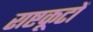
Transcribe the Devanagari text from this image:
राष्टकूटों